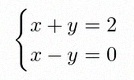
\begin{cases}x+y=2\\x-y=0\end{cases}